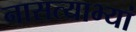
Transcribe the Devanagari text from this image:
नासत्याभ्यां